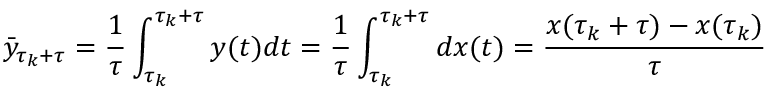
\bar { y } _ { \tau _ { k } + \tau } = \frac { 1 } { \tau } \int _ { \tau _ { k } } ^ { \tau _ { k } + \tau } y ( t ) d t = \frac { 1 } { \tau } \int _ { \tau _ { k } } ^ { \tau _ { k } + \tau } d x ( t ) = \frac { x ( \tau _ { k } + \tau ) - x ( \tau _ { k } ) } { \tau }